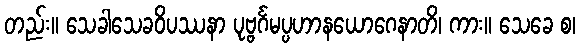
တည်း။ သေခါသေခဝိပဿနာ ပုဗ္ဗင်္ဂမပ္ပဟာနယောဂေနာတိ၊ ကား။ သေခေ စ၊